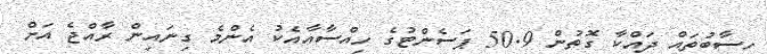
ހިސާބުތައް ދައްކާ ގޮތުން 50.9 ޕަސެންޓުގެ ހިއްސާއާއެކު އެންމެ ގިނައިން ރާއްޖެ އަށް